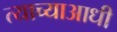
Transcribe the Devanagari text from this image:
त्याच्याआधी